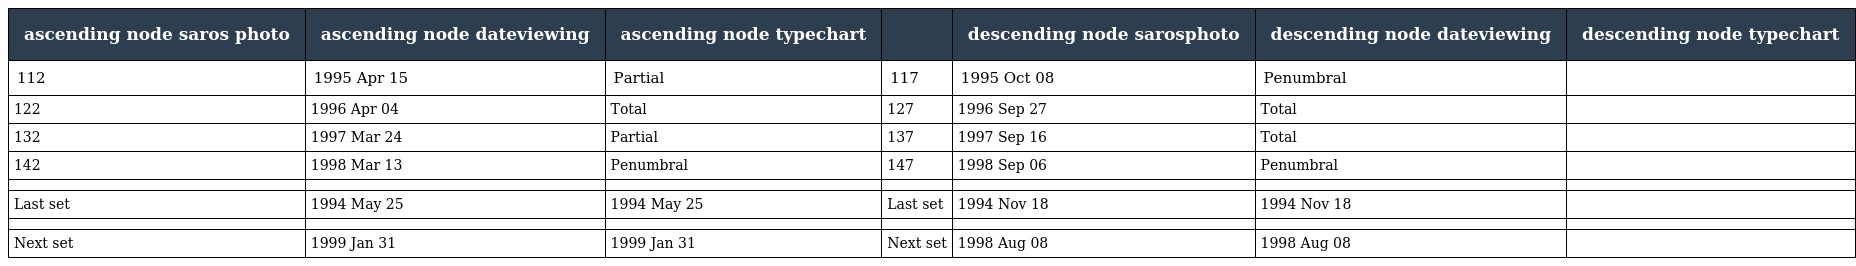
| ascending node saros photo | ascending node dateviewing | ascending node typechart |  | descending node sarosphoto | descending node dateviewing | descending node typechart |
 | --- | --- | --- | --- | --- | --- | --- |
 | 112 | 1995 Apr 15 | Partial | 117 | 1995 Oct 08 | Penumbral |  |
 | 122 | 1996 Apr 04 | Total | 127 | 1996 Sep 27 | Total |  |
 | 132 | 1997 Mar 24 | Partial | 137 | 1997 Sep 16 | Total |  |
 | 142 | 1998 Mar 13 | Penumbral | 147 | 1998 Sep 06 | Penumbral |  |
 |  |  |  |  |  |  |  |
 | Last set | 1994 May 25 | 1994 May 25 | Last set | 1994 Nov 18 | 1994 Nov 18 |  |
 |  |  |  |  |  |  |  |
 | Next set | 1999 Jan 31 | 1999 Jan 31 | Next set | 1998 Aug 08 | 1998 Aug 08 |  |